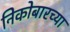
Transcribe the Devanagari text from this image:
निकोबारच्या